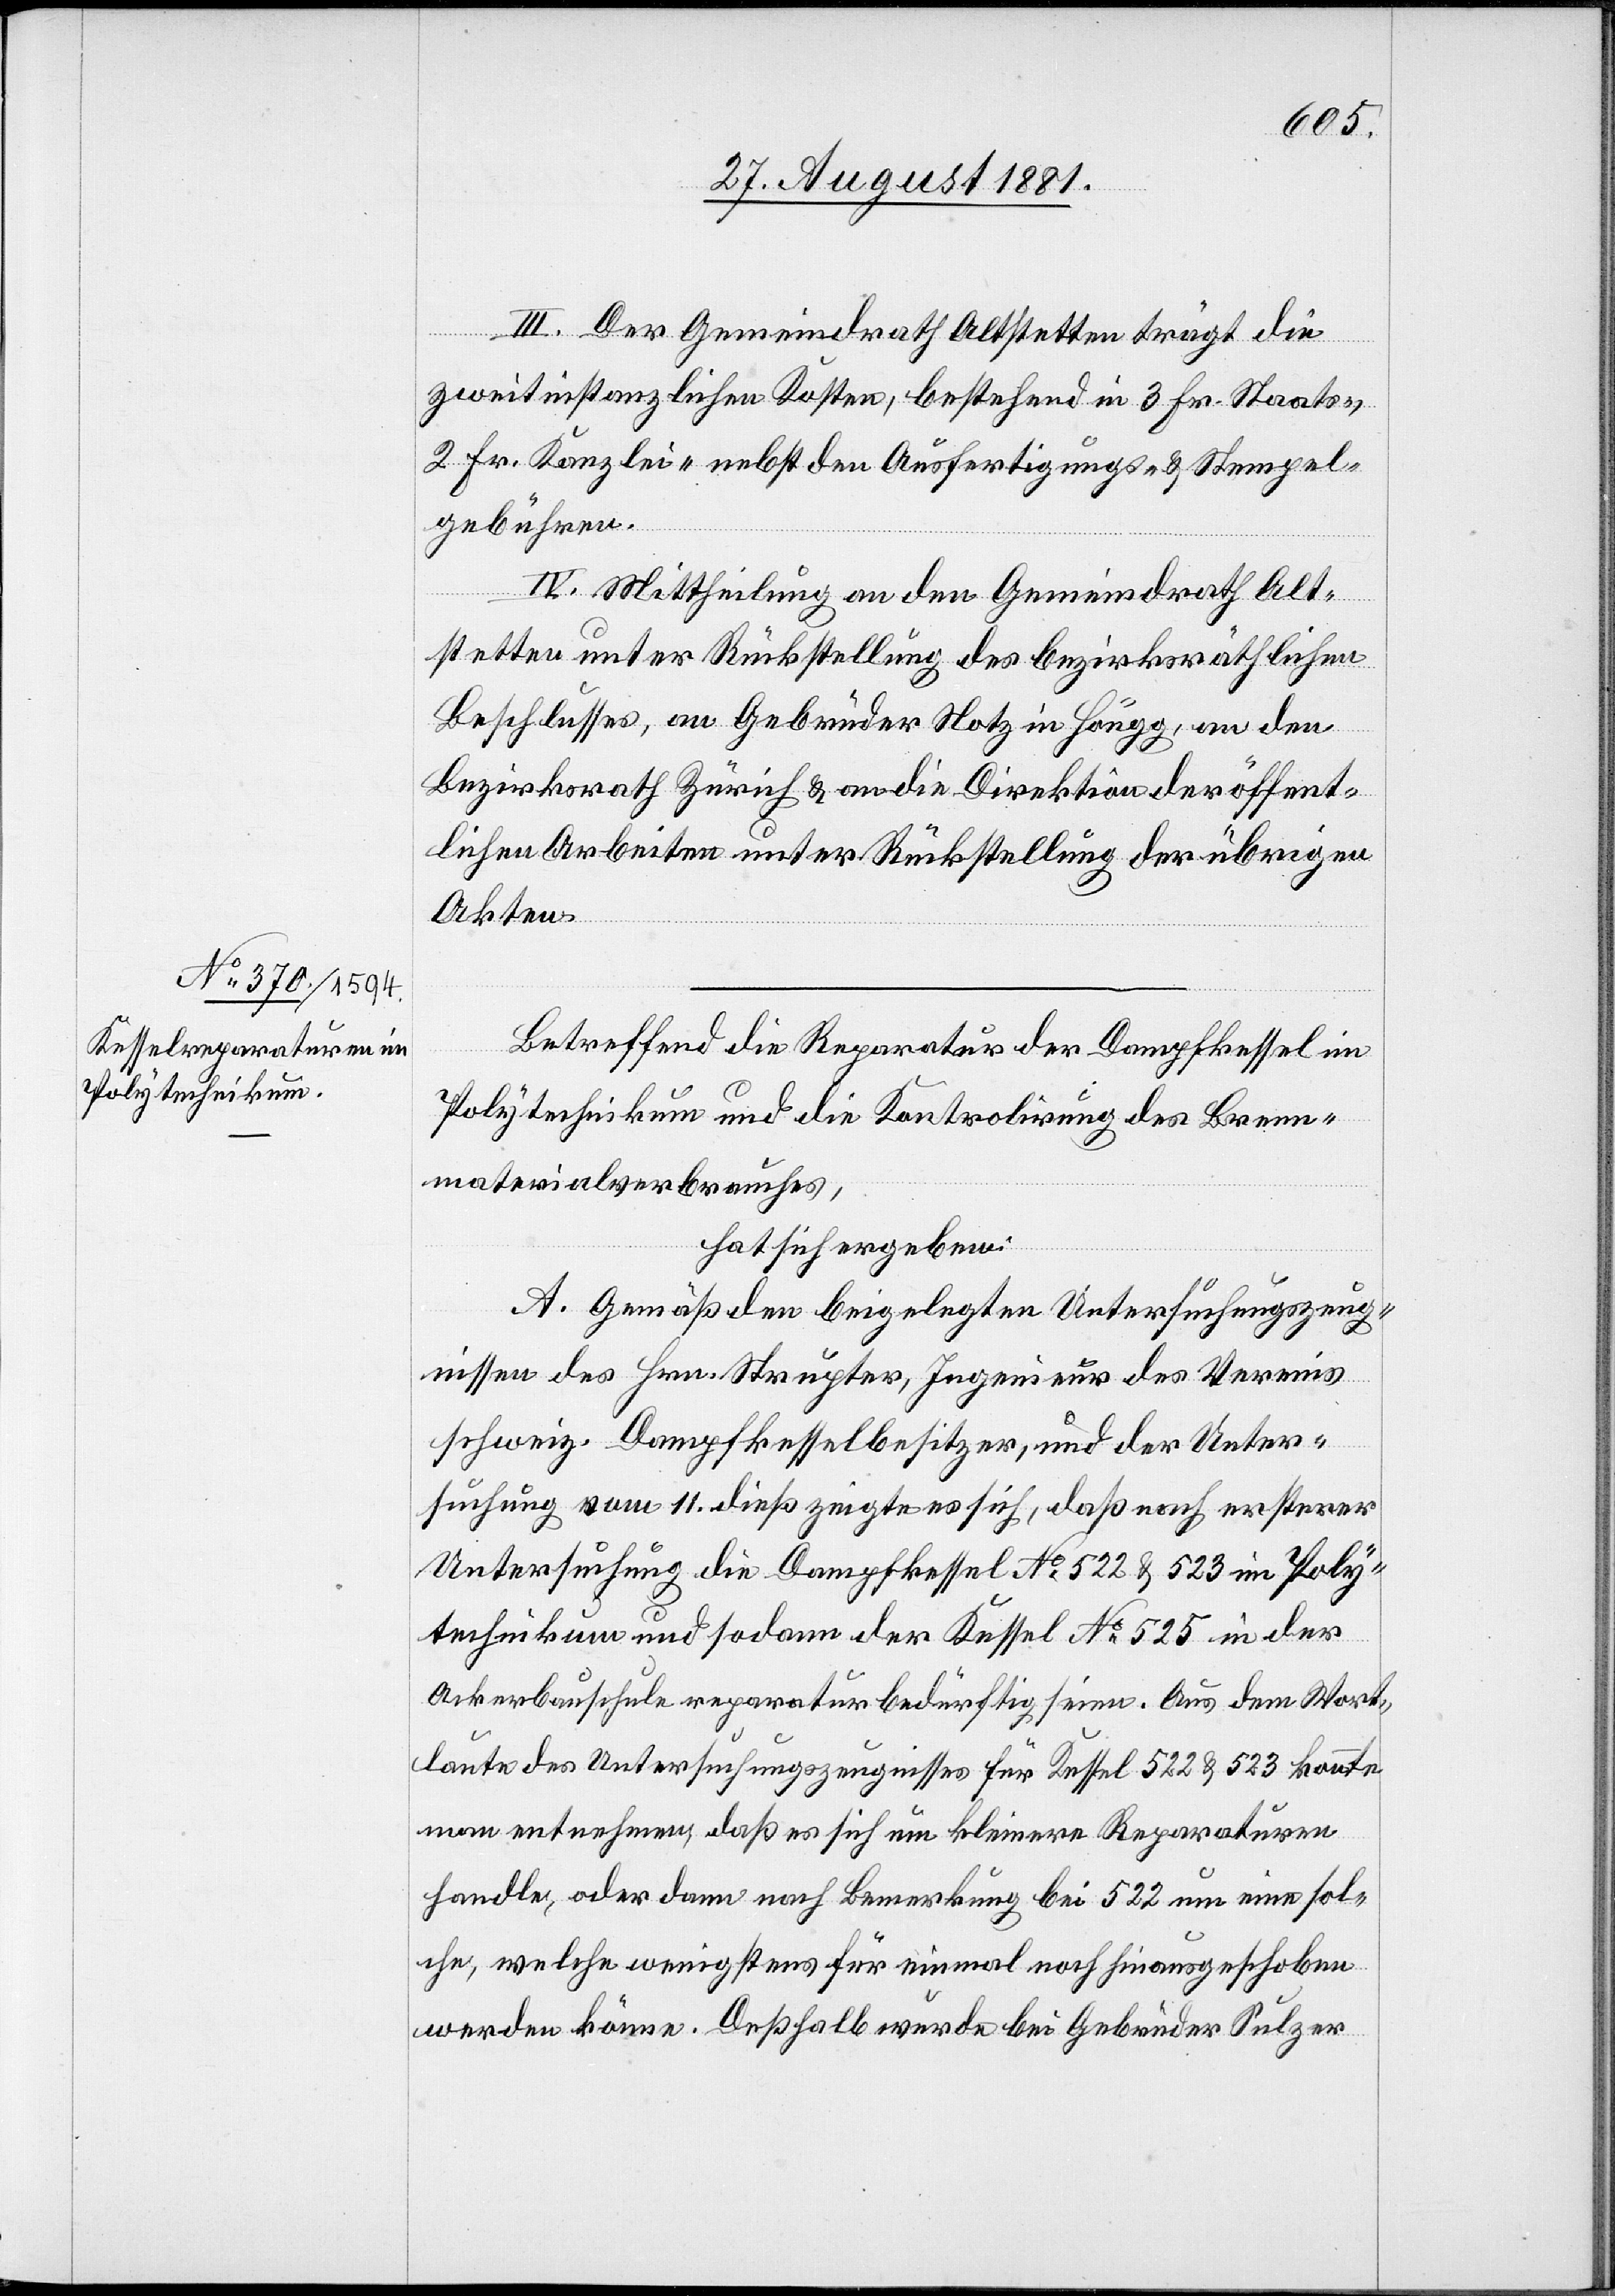
III. Der Gemeindrath Altstetten trägt die
zweitinstanzlichen Kosten, bestehend in 3. Fr. Staats-,
2. Fr. Kanzlei- nebst den Ausfertigungs- & Stempel¬
gebühren.
IV. Mittheilung an den Gemeindrath Alt¬
stetten unter Rückstellung des bezirksräthlichen
Beschlusses, an Gebrüder Notz in Höngg, an den
Bezirksrath Zürich & an die Direktion der öffent¬
lichen Arbeiten unter Rückstellung der übrigen
Akten.
Betreffend die Reparatur der Dampfkessel im
Polytechnikum und die Kontrolirung des Brenn¬
materialverbrauches,
hat sich ergeben:
A. Gemäß den beigelegten Untersuchungszeug¬
nissen des Hrn. Strupter, Ingenieur des Vereins
schweiz. Dampfkesselbesitzer, und der Unter¬
suchung vom 11. dieß zeigte es sich, daß nach ersterer
Untersuchung die Dampfkessel No 522 & 523 im Poly¬
technikum und sodann der Kessel No 525 in der
Ackerbauschule reparaturbedürftig seien. Aus dem Wort¬
laute des Untersuchungszeugnisses für Kessel 522 & 523 konnte
man entnehmen, daß es sich um kleinere Reparaturen
handle, oder dann nach Bemerkung bei 522 um eine sol¬
che, welche wenigstens für einmal noch hinausgeschoben
werden könne. Deßhalb würde bei Gebrüder Sulzer